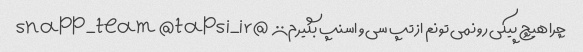
چرا هیچ پیکی رو نمی تونم از تپ سی و اسنپ بگیرم؟؟ @snapp_team @tapsi_ir